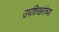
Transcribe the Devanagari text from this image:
उपशिखरांच्या